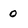
Character: 0